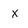
Character: x